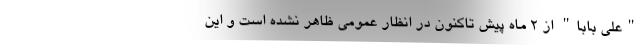
"علی بابا" از 2 ماه پیش تاکنون در انظار عمومی ظاهر نشده است و این